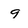
Character: 9